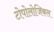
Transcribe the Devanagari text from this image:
टोपोलोजिकल